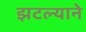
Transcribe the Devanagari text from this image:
झटल्याने